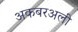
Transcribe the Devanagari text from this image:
अकबरअली